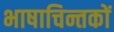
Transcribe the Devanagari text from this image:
भाषाचिन्तकों